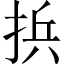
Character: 捠